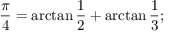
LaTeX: { \frac { \pi } { 4 } } = \arctan { \frac { 1 } { 2 } } + \arctan { \frac { 1 } { 3 } } ;